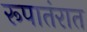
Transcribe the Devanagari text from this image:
रूपातंरात